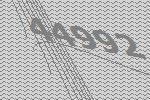
44992